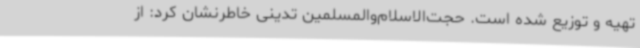
تهیه و توزیع شده است. حجت‌الاسلام‌والمسلمین تدینی خاطرنشان کرد: از